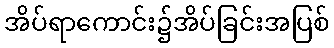
အိပ်ရာကောင်း၌အိပ်ခြင်းအပြစ်